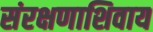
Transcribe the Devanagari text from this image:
संरक्षणाशिवाय